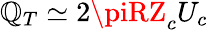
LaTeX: {\mathbb{Q}_{T}\simeq2\piRZ_{c}U_{c}}